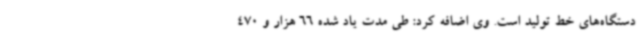
دستگاه‌های خط تولید است. وی اضافه کرد: طی مدت یاد شده 66 هزار و 470